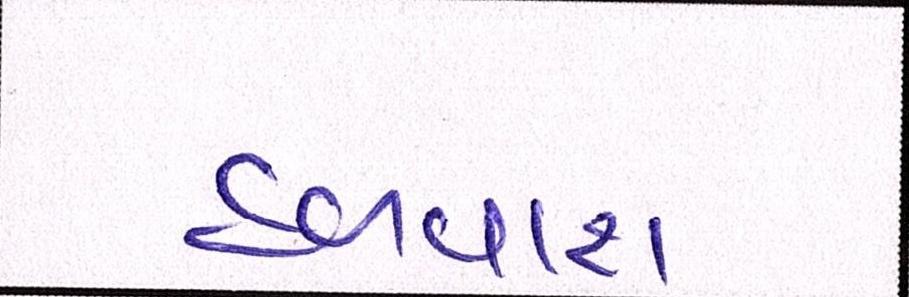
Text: હળવાશ